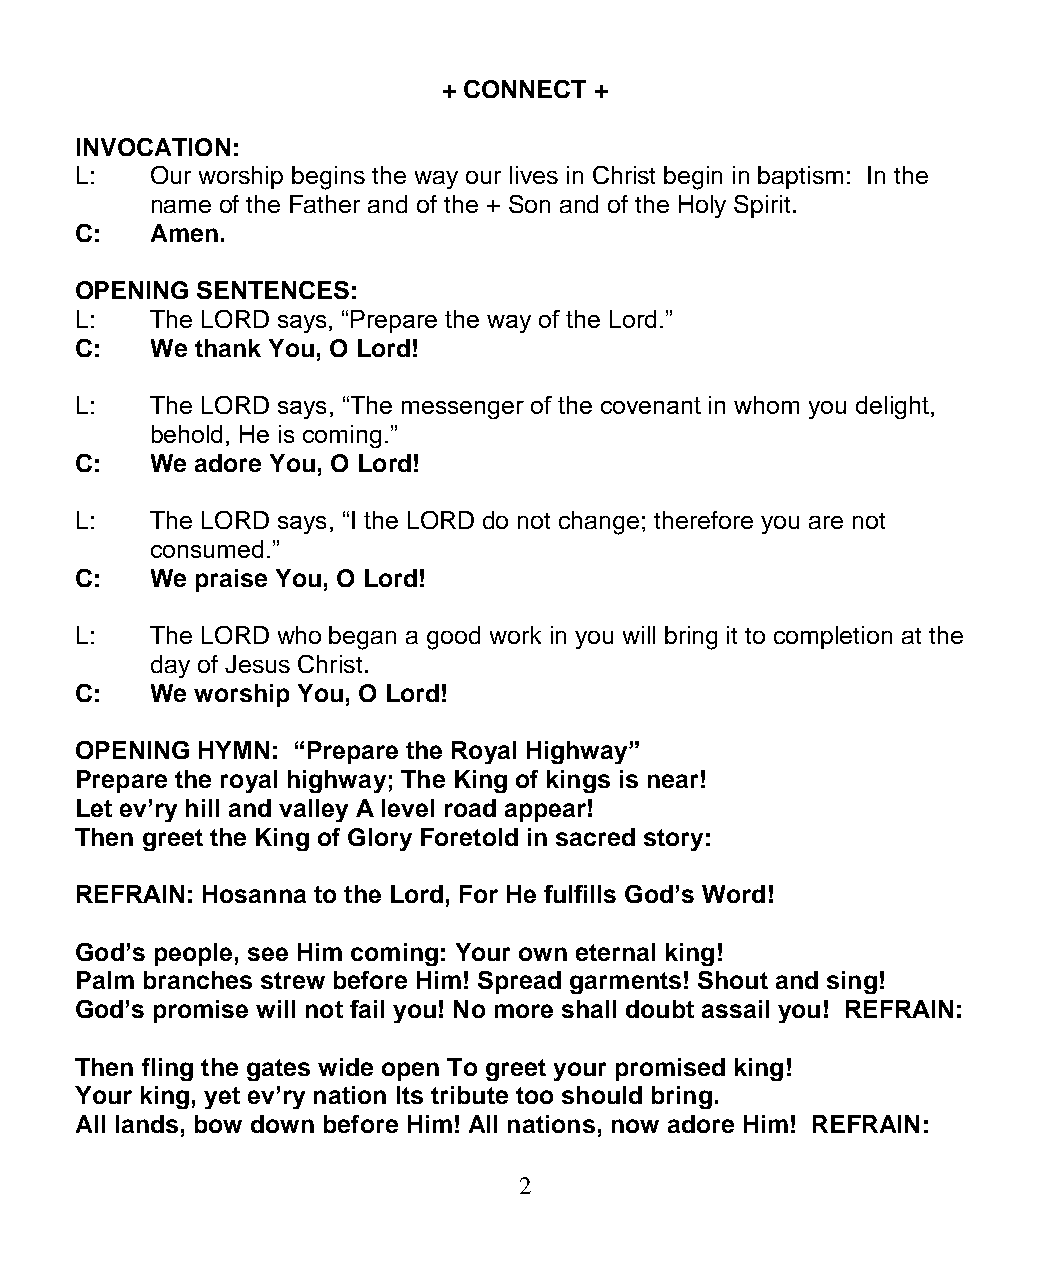
+ CONNECT +
 INVOCATION:
 L:   Our worship begins the way our lives in Christ begin in baptism: In the
 name of the Father and of the + Son and of the Holy Spirit.
 C:   Amen.
 OPENING SENTENCES:
 L:   The LORD says, “Prepare the way of the Lord.”
 C:   We thank You, O Lord!
 L:   The LORD says, “The messenger of the covenant in whom you delight,
 behold, He is coming.”
 C:   We adore You, O Lord!
 L:   The LORD says, “I the LORD do not change; therefore you are not
 consumed.”
 C:   We praise You, O Lord!
 L:   The LORD who began a good work in you will bring it to completion at the
 day of Jesus Christ.
 C:   We worship You, O Lord!
 OPENING HYMN: “Prepare the Royal Highway”
 Prepare the royal highway; The King of kings is near!
 Let ev’ry hill and valley A level road appear!
 Then greet the King of Glory Foretold in sacred story:
 REFRAIN: Hosanna to the Lord, For He fulfills God’s Word!
 God’s people, see Him coming: Your own eternal king!
 Palm branches strew before Him! Spread garments! Shout and sing!
 God’s promise will not fail you! No more shall doubt assail you! REFRAIN:
 Then fling the gates wide open To greet your promised king!
 Your king, yet ev’ry nation Its tribute too should bring.
 All lands, bow down before Him! All nations, now adore Him! REFRAIN:
 2